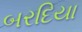
બરદિયા